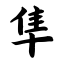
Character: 隼